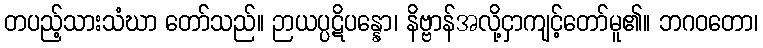
တပည့်သားသံဃာ တော်သည်။ ဉာယပ္ပဋိပန္နော၊ နိဗ္ဗာန်အလို့ငှာကျင့်တော်မူ၏။ ဘဂဝတော၊